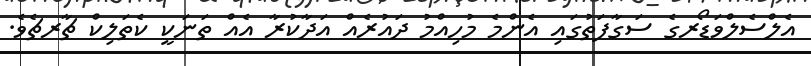
އެލްސެލްވަޑޯރގެ ސަގާފަތުގައި އެންމެ މުހިއްމު ދައުރެއް އަދާކުރާ އެއް ތަނަކީ ކެތަލިކް ޗާރޗެވެ.